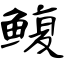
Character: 鳆